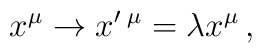
x^{\mu}\rightarrow x'\,^{\mu}=\lambda x^{\mu} \,,